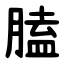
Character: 䐦